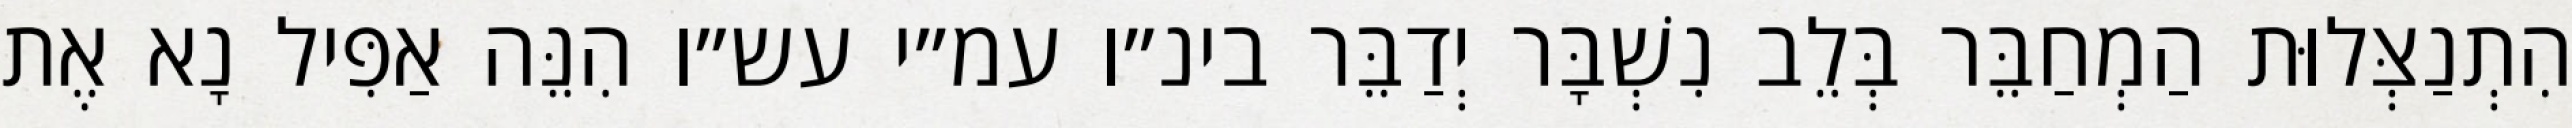
הִתְנַצְּלוּת הַמְחַבֵּר בְּלֵב נִשְׁבָּר יְדַבֵּר בינ״ו עמ״י עש״ו הִנֵּה אַפִּיל נָא אֶת